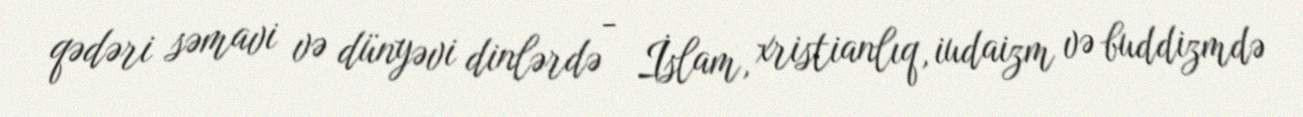
qədəri səmavi və dünyəvi dinlərdə - İslam, xristianlıq, iudaizm və buddizmdə